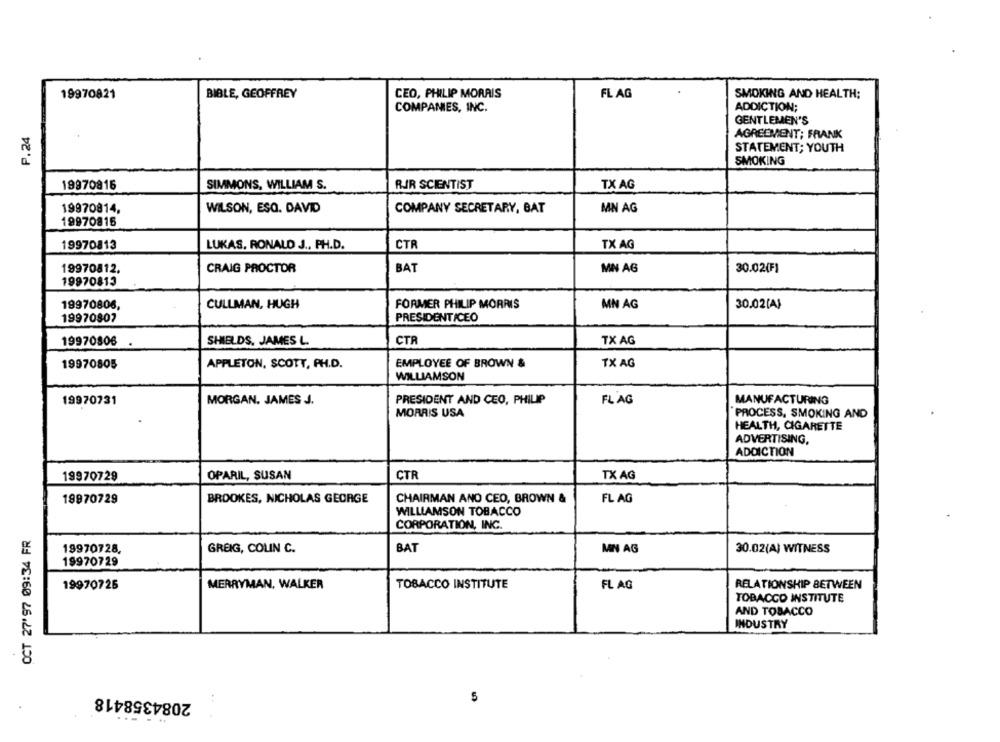
19970821
BIBLE, GEOFFREY
CEO, PHILIP MORRIS
FLAG
SMOKING AND HEALTH;
COMPANIES, INC.
ADDICTION;
GENTLEMEN'S
P.24
AGREEMENT; FRANK
STATEMENT; YOUTH
SMOKING
19970816
TX AG
SIMMONS, WILLIAM S.
RIR SCIENTIST
MN AG
19970814,
WILSON, ESQ. DAVID
COMPANY SECRETARY, BAT
19970816
19970813
CTR
TX AG
LUKAS, RONALD J ., PH.D.
19970812.
CRAIG PROCTOR
BAT
MN AG
30.02(F)
19970813
CULLMAN, HUGH
FORMER PHILIP MORRIS
MN AG
30.02(A)
19970806,
19970807
PRESIDENT/CEO
19970806
SHIELDS, JAMES L.
CTR
TX AG
APPLETON, SCOTT, PH.D.
EMPLOYEE OF BROWN &
TX AG
19970805
WILLIAMSON
19970731
MORGAN. JAMES J.
PRESIDENT AND CEO, PHILIP
FLAG
MANUFACTURING
MORRIS USA
PROCESS, SMOKING AND
HEALTH, CIGARETTE
ADVERTISING,
ADDICTION
19970729
OPARIL, SUSAN
CTR
TX AG
19970729
BROOKES, NICHOLAS GEORGE
CHAIRMAN AND CEO, BROWN &
FL AG
WILLIAMSON TOBACCO
CORPORATION, INC.
OCT 27'97 09:34 FR
19970728,
GREIG, COLIN C.
BAT
MN AG
30.02(A) WITNESS
19970729
19970725
MERRYMAN, WALKER
TOBACCO INSTITUTE
FL AG
RELATIONSHIP BETWEEN
TOBACCO INSTITUTE
AND TOBACCO
INDUSTRY
2084358418
: